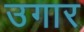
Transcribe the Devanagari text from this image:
उगार